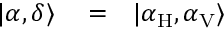
\begin{array} { r l r } { | \alpha , \delta \rangle } & { { } = } & { | \alpha _ { \mathrm { H } } , \alpha _ { \mathrm { V } } \rangle } \end{array}